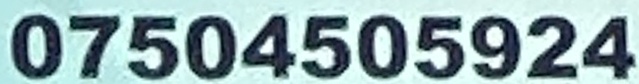
07504505924